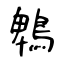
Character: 鵯